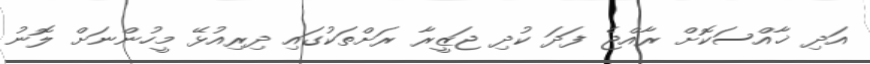
އަދި ޚާއްސަކޮށް ރާއްޖެ ފަދަ ކުދި ޖަޒީރާ ރަށްތަކުގައި ދިރިއުޅޭ މީހުންނަށް ލޮނު